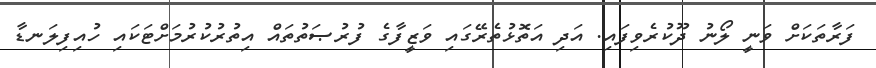
ފަރާތަކަށް ވަނީ ލޯނު ދޫކުރެވިފައި. އަދި އަތޮޅުތެރޭގައި ވަޒީފާގެ ފުރުޞަތުތައް އިތުރުކުރުމަށްޓަކައި ހުއިފިލަނޑާ